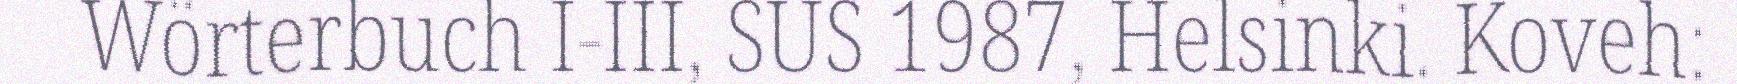
Wörterbuch I-III, SUS 1987, Helsinki. Koveh: